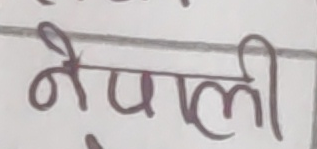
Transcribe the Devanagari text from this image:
नेपाली